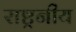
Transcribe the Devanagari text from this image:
राष्ट्रनीय